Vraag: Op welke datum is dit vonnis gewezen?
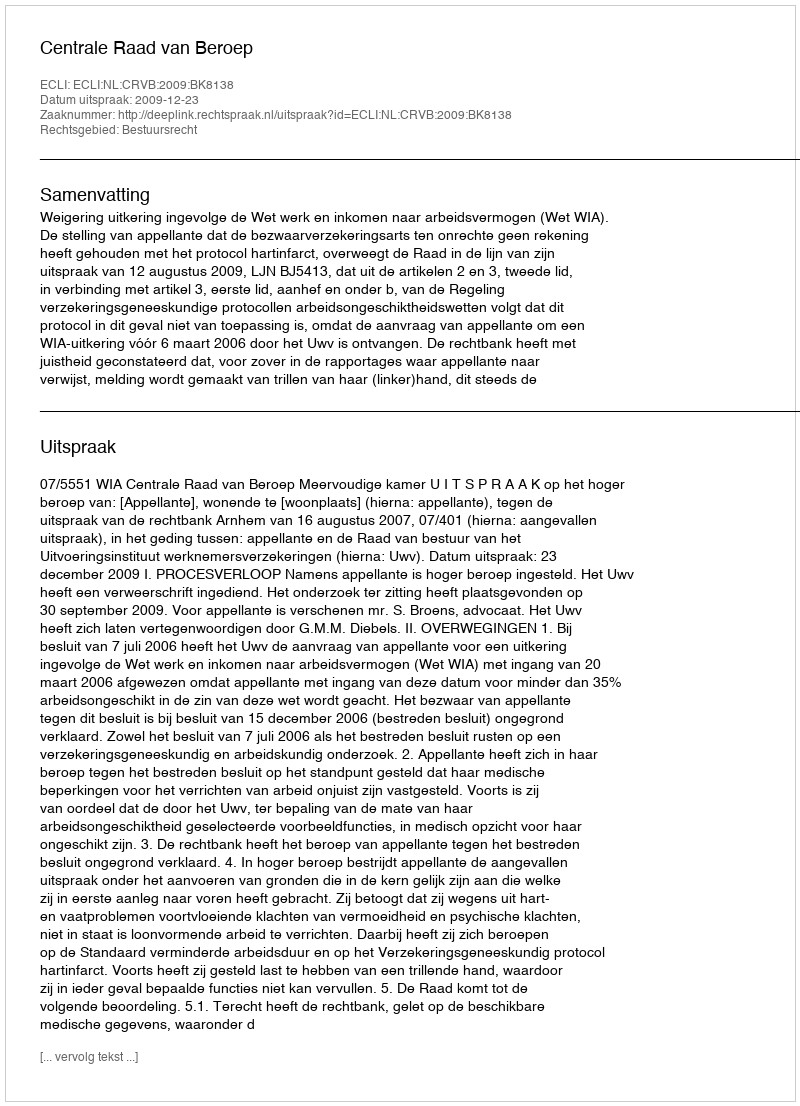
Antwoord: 2009-12-23